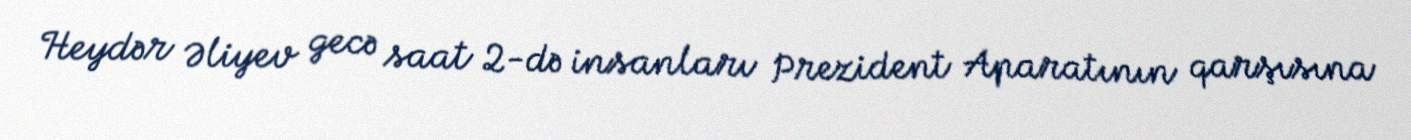
Heydər Əliyev gecə saat 2-də insanları Prezident Aparatının qarşısına